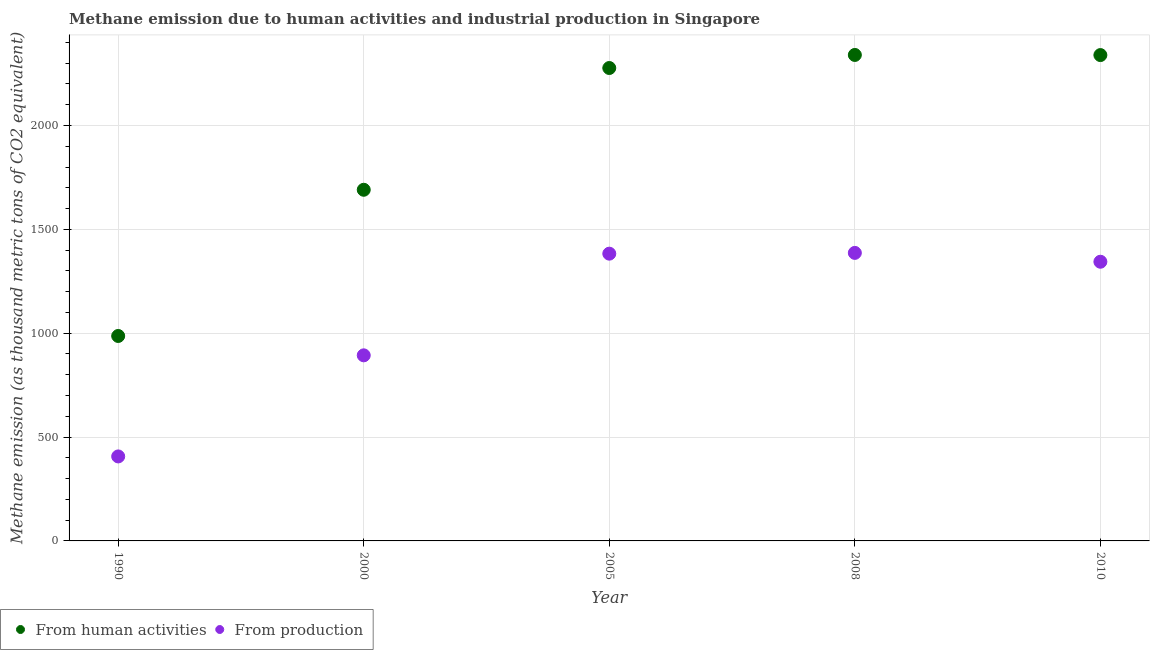
| Year | From human activities | From production |
 | --- | --- | --- |
 | 1990 | 987 | 407 |
 | 2000 | 1.69e+03 | 894 |
 | 2005 | 2.28e+03 | 1.38e+03 |
 | 2008 | 2.34e+03 | 1.39e+03 |
 | 2010 | 2.34e+03 | 1.34e+03 |